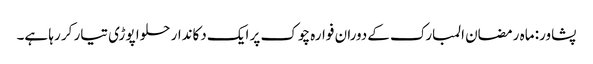
پشاور: ماہ رمضان المبارک کےدوران فوارہ چوک پر ایک دکاندار حلوا پوڑی تیار کر رہا ہے۔